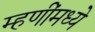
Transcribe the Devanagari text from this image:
म्हणींमध्ये